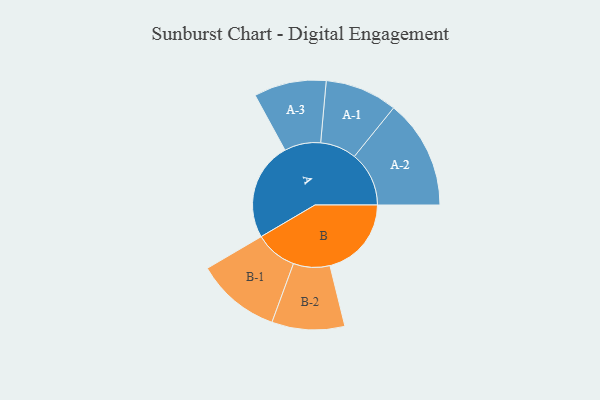
{"axis": {"x": "Segment", "y": "Value"}, "legend": ["", "A", "B"], "data": [{"x": "A", "y": 475, "type": ""}, {"x": "B", "y": 394, "type": ""}, {"x": "A-1", "y": 175, "type": "A"}, {"x": "A-2", "y": 264, "type": "A"}, {"x": "A-3", "y": 175, "type": "A"}, {"x": "B-1", "y": 204, "type": "B"}, {"x": "B-2", "y": 176, "type": "B"}]}